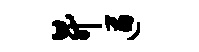
升遒